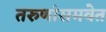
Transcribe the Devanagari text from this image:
तरुणांसमवेत